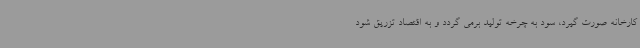
کارخانه صورت گیرد، سود به چرخه تولید برمی گردد و به اقتصاد تزریق شود